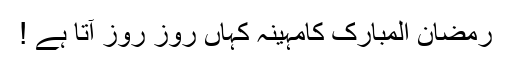
رَمَضانُ الْمُبارَک کامہینہ کہاں روز روز آتا ہے !